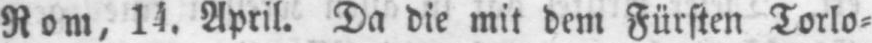
Rom, 14. April. Da die mit dem Fürsten Torlo⸗